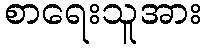
စာရေးသူအား